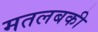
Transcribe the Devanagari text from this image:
मतलबकी